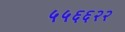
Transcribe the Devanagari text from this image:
५५६६२२